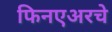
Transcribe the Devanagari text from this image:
फिनएअरचे